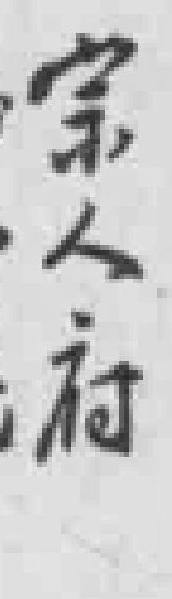
宗人府